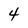
Character: 4